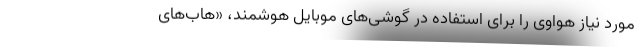
مورد نیاز هواوی را برای استفاده در گوشی‌های موبایل هوشمند، «هاب‌های